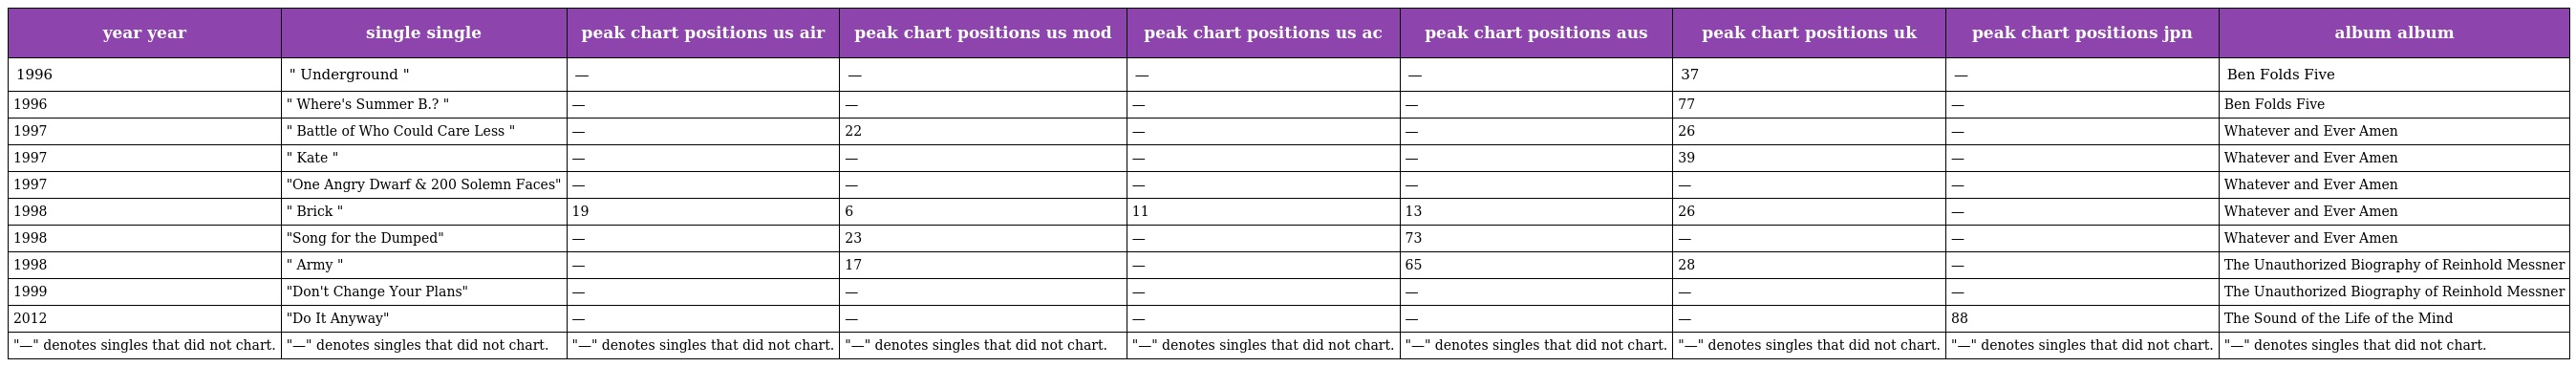
| year year | single single | peak chart positions us air | peak chart positions us mod | peak chart positions us ac | peak chart positions aus | peak chart positions uk | peak chart positions jpn | album album |
 | --- | --- | --- | --- | --- | --- | --- | --- | --- |
 | 1996 | " Underground " | — | — | — | — | 37 | — | Ben Folds Five |
 | 1996 | " Where's Summer B.? " | — | — | — | — | 77 | — | Ben Folds Five |
 | 1997 | " Battle of Who Could Care Less " | — | 22 | — | — | 26 | — | Whatever and Ever Amen |
 | 1997 | " Kate " | — | — | — | — | 39 | — | Whatever and Ever Amen |
 | 1997 | "One Angry Dwarf & 200 Solemn Faces" | — | — | — | — | — | — | Whatever and Ever Amen |
 | 1998 | " Brick " | 19 | 6 | 11 | 13 | 26 | — | Whatever and Ever Amen |
 | 1998 | "Song for the Dumped" | — | 23 | — | 73 | — | — | Whatever and Ever Amen |
 | 1998 | " Army " | — | 17 | — | 65 | 28 | — | The Unauthorized Biography of Reinhold Messner |
 | 1999 | "Don't Change Your Plans" | — | — | — | — | — | — | The Unauthorized Biography of Reinhold Messner |
 | 2012 | "Do It Anyway" | — | — | — | — | — | 88 | The Sound of the Life of the Mind |
 | "—" denotes singles that did not chart. | "—" denotes singles that did not chart. | "—" denotes singles that did not chart. | "—" denotes singles that did not chart. | "—" denotes singles that did not chart. | "—" denotes singles that did not chart. | "—" denotes singles that did not chart. | "—" denotes singles that did not chart. | "—" denotes singles that did not chart. |